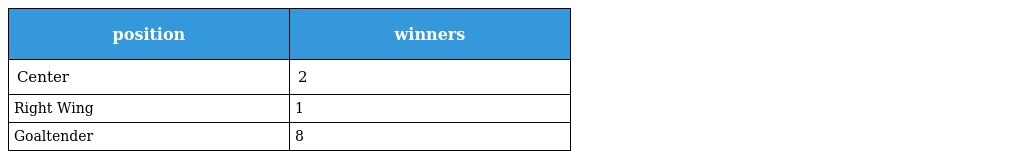
| position | winners |
 | --- | --- |
 | Center | 2 |
 | Right Wing | 1 |
 | Goaltender | 8 |